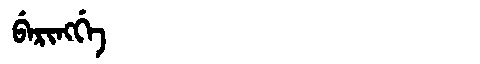
Manchu: ᠪᡝᡵᡳᠩᡤᡝ
Romanization: BERINGGE